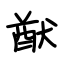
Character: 猷